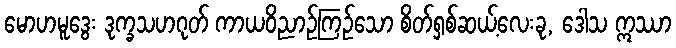
မောဟမူဒွေး ဒုက္ခသဟဂုတ် ကာယဝိညာဉ်ကြဉ်သော စိတ်ရှစ်ဆယ့်လေးခု, ဒေါသ ဣဿာ